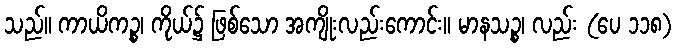
သည်။ ကာယိကဉ္စ၊ ကိုယ်၌ ဖြစ်သော အကျိုးလည်းကောင်း။ မာနသဉ္စ၊ လည်း (ပေ ၁၁၈)